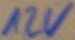
Text: 12V